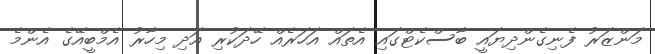
މަންޒަރު ފެނިގެންދިޔައީ ބާސްކެޓްގައި އެތައް އަހަރެއް ހޭދަކުރި އަދި މިހާރު އެމްބީއޭގެ އެންމެ